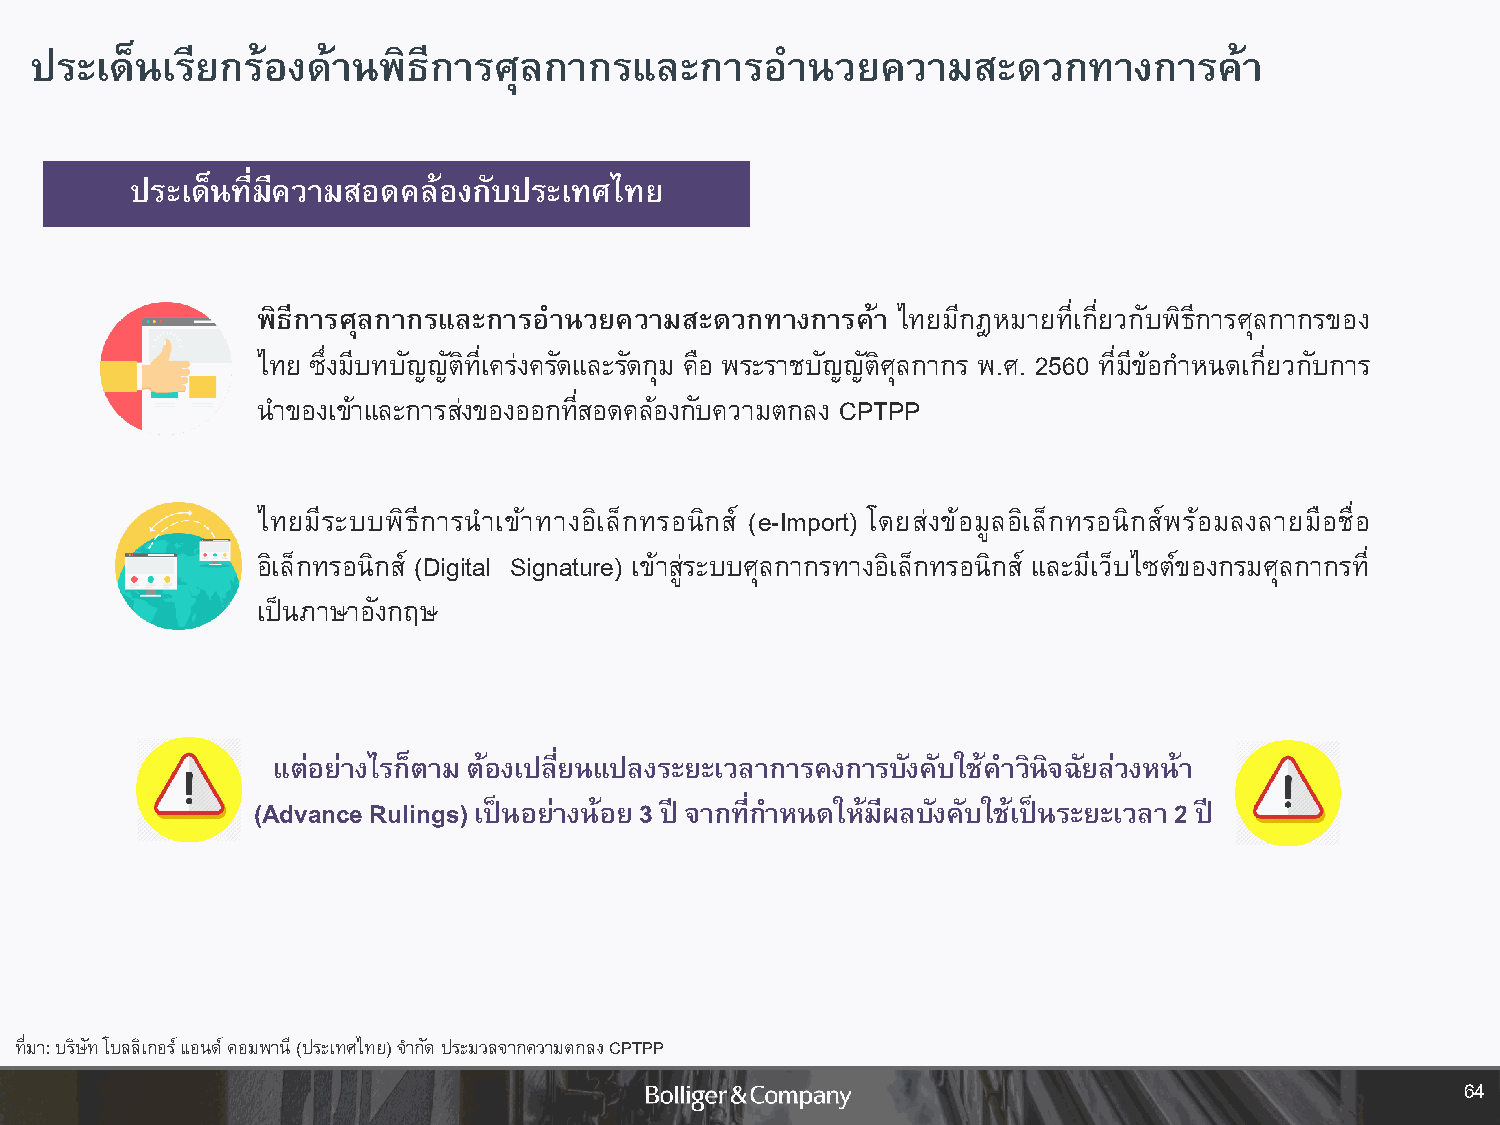
ประเด็นเรยี กรอ้ งด้านพิธีการศุลกากรและการอ       านวยความสะดวกทางการค้า
 ประเด็นที่มีความสอดคล้องกับประเทศไทย
 พิธีการศุลกากรและการอ านวยความสะดวกทางการค้า ไทยมีกฎหมายที่เกี่ยวกับพิธีการศุลกากรของ
 ไทย ซึ่งมีบทบัญญัติที่เคร่งครัดและรัดกุม คือ พระราชบัญญัติศุลกากร พ.ศ. 2560 ที่มีข้อก าหนดเกี่ยวกับการ
 น าของเข้าและการส่งของออกที่สอดคล้องกับความตกลง CPTPP
 ไทยมีระบบพิธีการน าเข้าทางอิเล็กทรอนิกส์ (e-Import) โดยส่งข้อมูลอิเล็กทรอนิกส์พร้อมลงลายมือชื่อ
 อิเล็กทรอนิกส์ (Digital Signature) เข้าสู่ระบบศุลกากรทางอิเล็กทรอนิกส์ และมีเว็บไซต์ของกรมศุลกากรที่
 เป็นภาษาอังกฤษ
 แต่อย่างไรก็ตาม ต้องเปลี่ยนแปลงระยะเวลาการคงการบังคับใช้ค าวินิจฉัยล่วงหน้า
 (Advance Rulings) เป็นอย่างน้อย 3 ปี จากที่ก าหนดให้มีผลบังคับใช้เป็นระยะเวลา 2 ปี
 ที่มา: บริษัท โบลลิเกอร์ แอนด์ คอมพานี (ประเทศไทย) จ ากัด ประมวลจากความตกลง CPTPP
 64